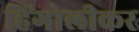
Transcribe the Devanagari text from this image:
हिंगोलीकर